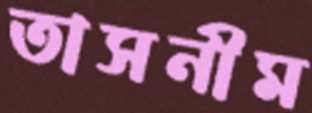
তাসনীম